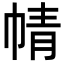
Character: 𢃢